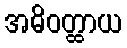
အဓိဝတ္ထာယ